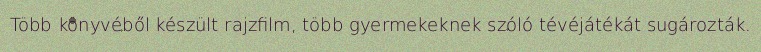
Több könyvéből készült rajzfilm, több gyermekeknek szóló tévéjátékát sugározták.